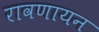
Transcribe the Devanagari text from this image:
रावणायन